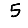
Digit: 5